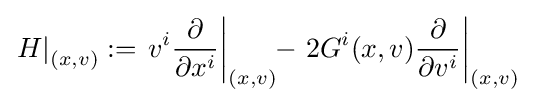
\left.H\right|_{(x,v)}:=\left.v^{i}{\frac {\partial }{\partial x^{i}}}\right|_{(x,v)}\!\!-\left.2G^{i}(x,v){\frac {\partial }{\partial v^{i}}}\right|_{(x,v)}